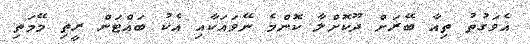
އެވަގުތު ތިއާ ބޭރަށް ދޫކޮށްލާ ކޮންމެ ނޭވައަކާއި އެކު ބައްޓަން ރީތި މޭމަތި